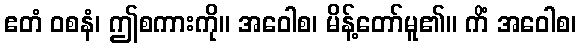
ဧတံ ဝစနံ၊ ဤစကားကို။ အဝေါစ၊ မိန့်တော်မူ၏။ ကိံ အဝေါစ၊